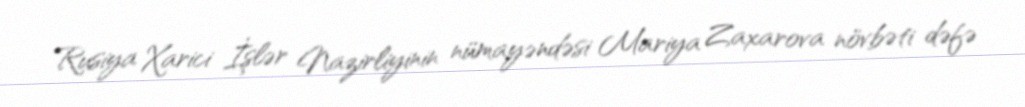
Rusiya Xarici İşlər Nazirliyinin nümayəndəsi Mariya Zaxarova növbəti dəfə